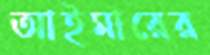
আইমারের